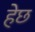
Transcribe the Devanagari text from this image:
हेछ